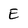
Character: E